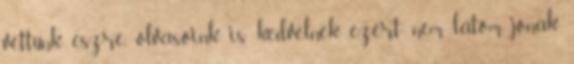
vettünk észre olvasóink is kedvelnek, ezért nem látom jónak